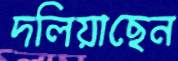
দলিয়াছেন